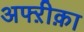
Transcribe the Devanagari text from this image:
अफ्ऱीक़ा